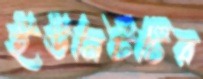
ইউনিটটির